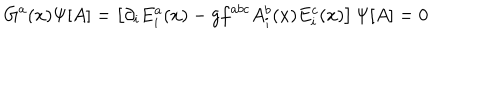
LaTeX: G ^ { a } ( x ) \Psi [ A ] = \left[ \partial _ { i } E _ { i } ^ { a } ( x ) - g f ^ { a b c } A _ { i } ^ { b } ( x ) E _ { i } ^ { c } ( x ) \right] \Psi [ A ] = 0